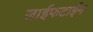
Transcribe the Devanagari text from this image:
लाईफटाईम